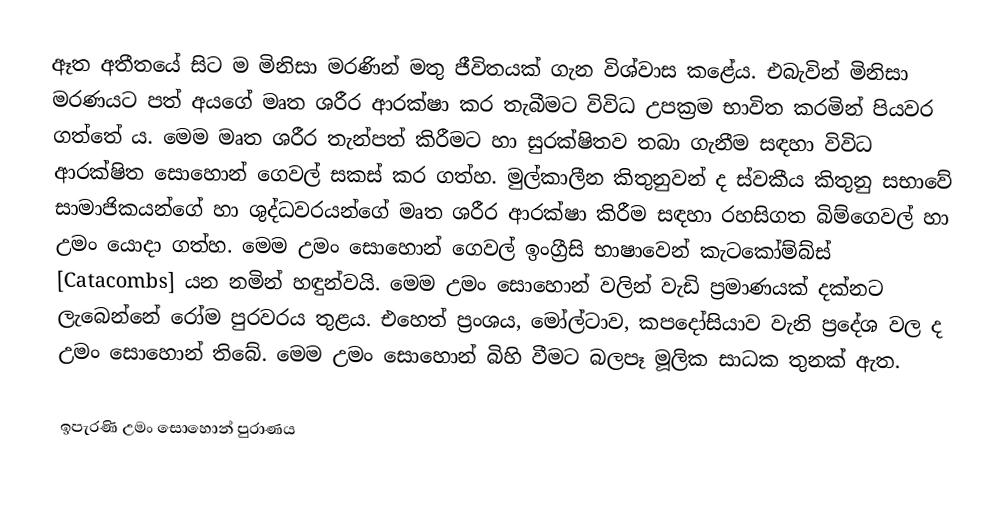
ඈත අතීතයේ සිට ම මිනිසා මරණින් මතු ජීවිතයක් ගැන විශ්වාස කළේය. එබැවින් මිනිසා මරණයට පත් අයගේ මෘත ශරීර ආරක්ෂා කර තැබීමට විවිධ උපක්‍රම භාවිත කරමින් පියවර ගත්තේ ය. මෙම මෘත ශරීර තැන්පත් කිරීමට හා සුරක්ෂිතව තබා ගැනීම සඳහා විවිධ ආරක්ෂිත සොහොන් ගෙවල් සකස් කර ගත්හ. මුල්කාලීන කිතුනුවන් ද ස්වකීය කිතුනු සභාවේ සාමාජිකයන්ගේ හා ශුද්ධවරයන්ගේ මෘත ශරීර ආරක්ෂා කිරීම සඳහා රහසිගත බිම්ගෙවල් හා උමං යොදා ගත්හ. මෙම උමං සොහොන් ගෙවල් ඉංග්‍රීසි භාෂාවෙන් කැටකෝම්බ්ස් [Catacombs] යන නමින් හඳුන්වයි. මෙම උමං සොහොන් වලින් වැඩි ප්‍රමාණයක් දක්නට ලැබෙන්නේ රෝම පුරවරය තුළය. එහෙත් ප්‍රංශය, මෝල්ටාව, කපදෝසියාව වැනි ප්‍රදේශ වල ද උමං සොහොන් තිබේ. මෙම උමං සොහොන් බිහි වීමට බලපෑ මූලික සාධක තුනක් ඇත.

ඉපැරණි උමං සොහොන් පුරාණය